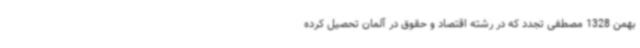
بهمن 1328 مصطفی تجدد که در رشته اقتصاد و حقوق در آلمان تحصیل کرده